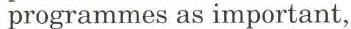
 programmes as important,